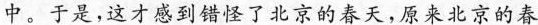
中。于是，这才感到错怪了北京的春天，原来北京的春